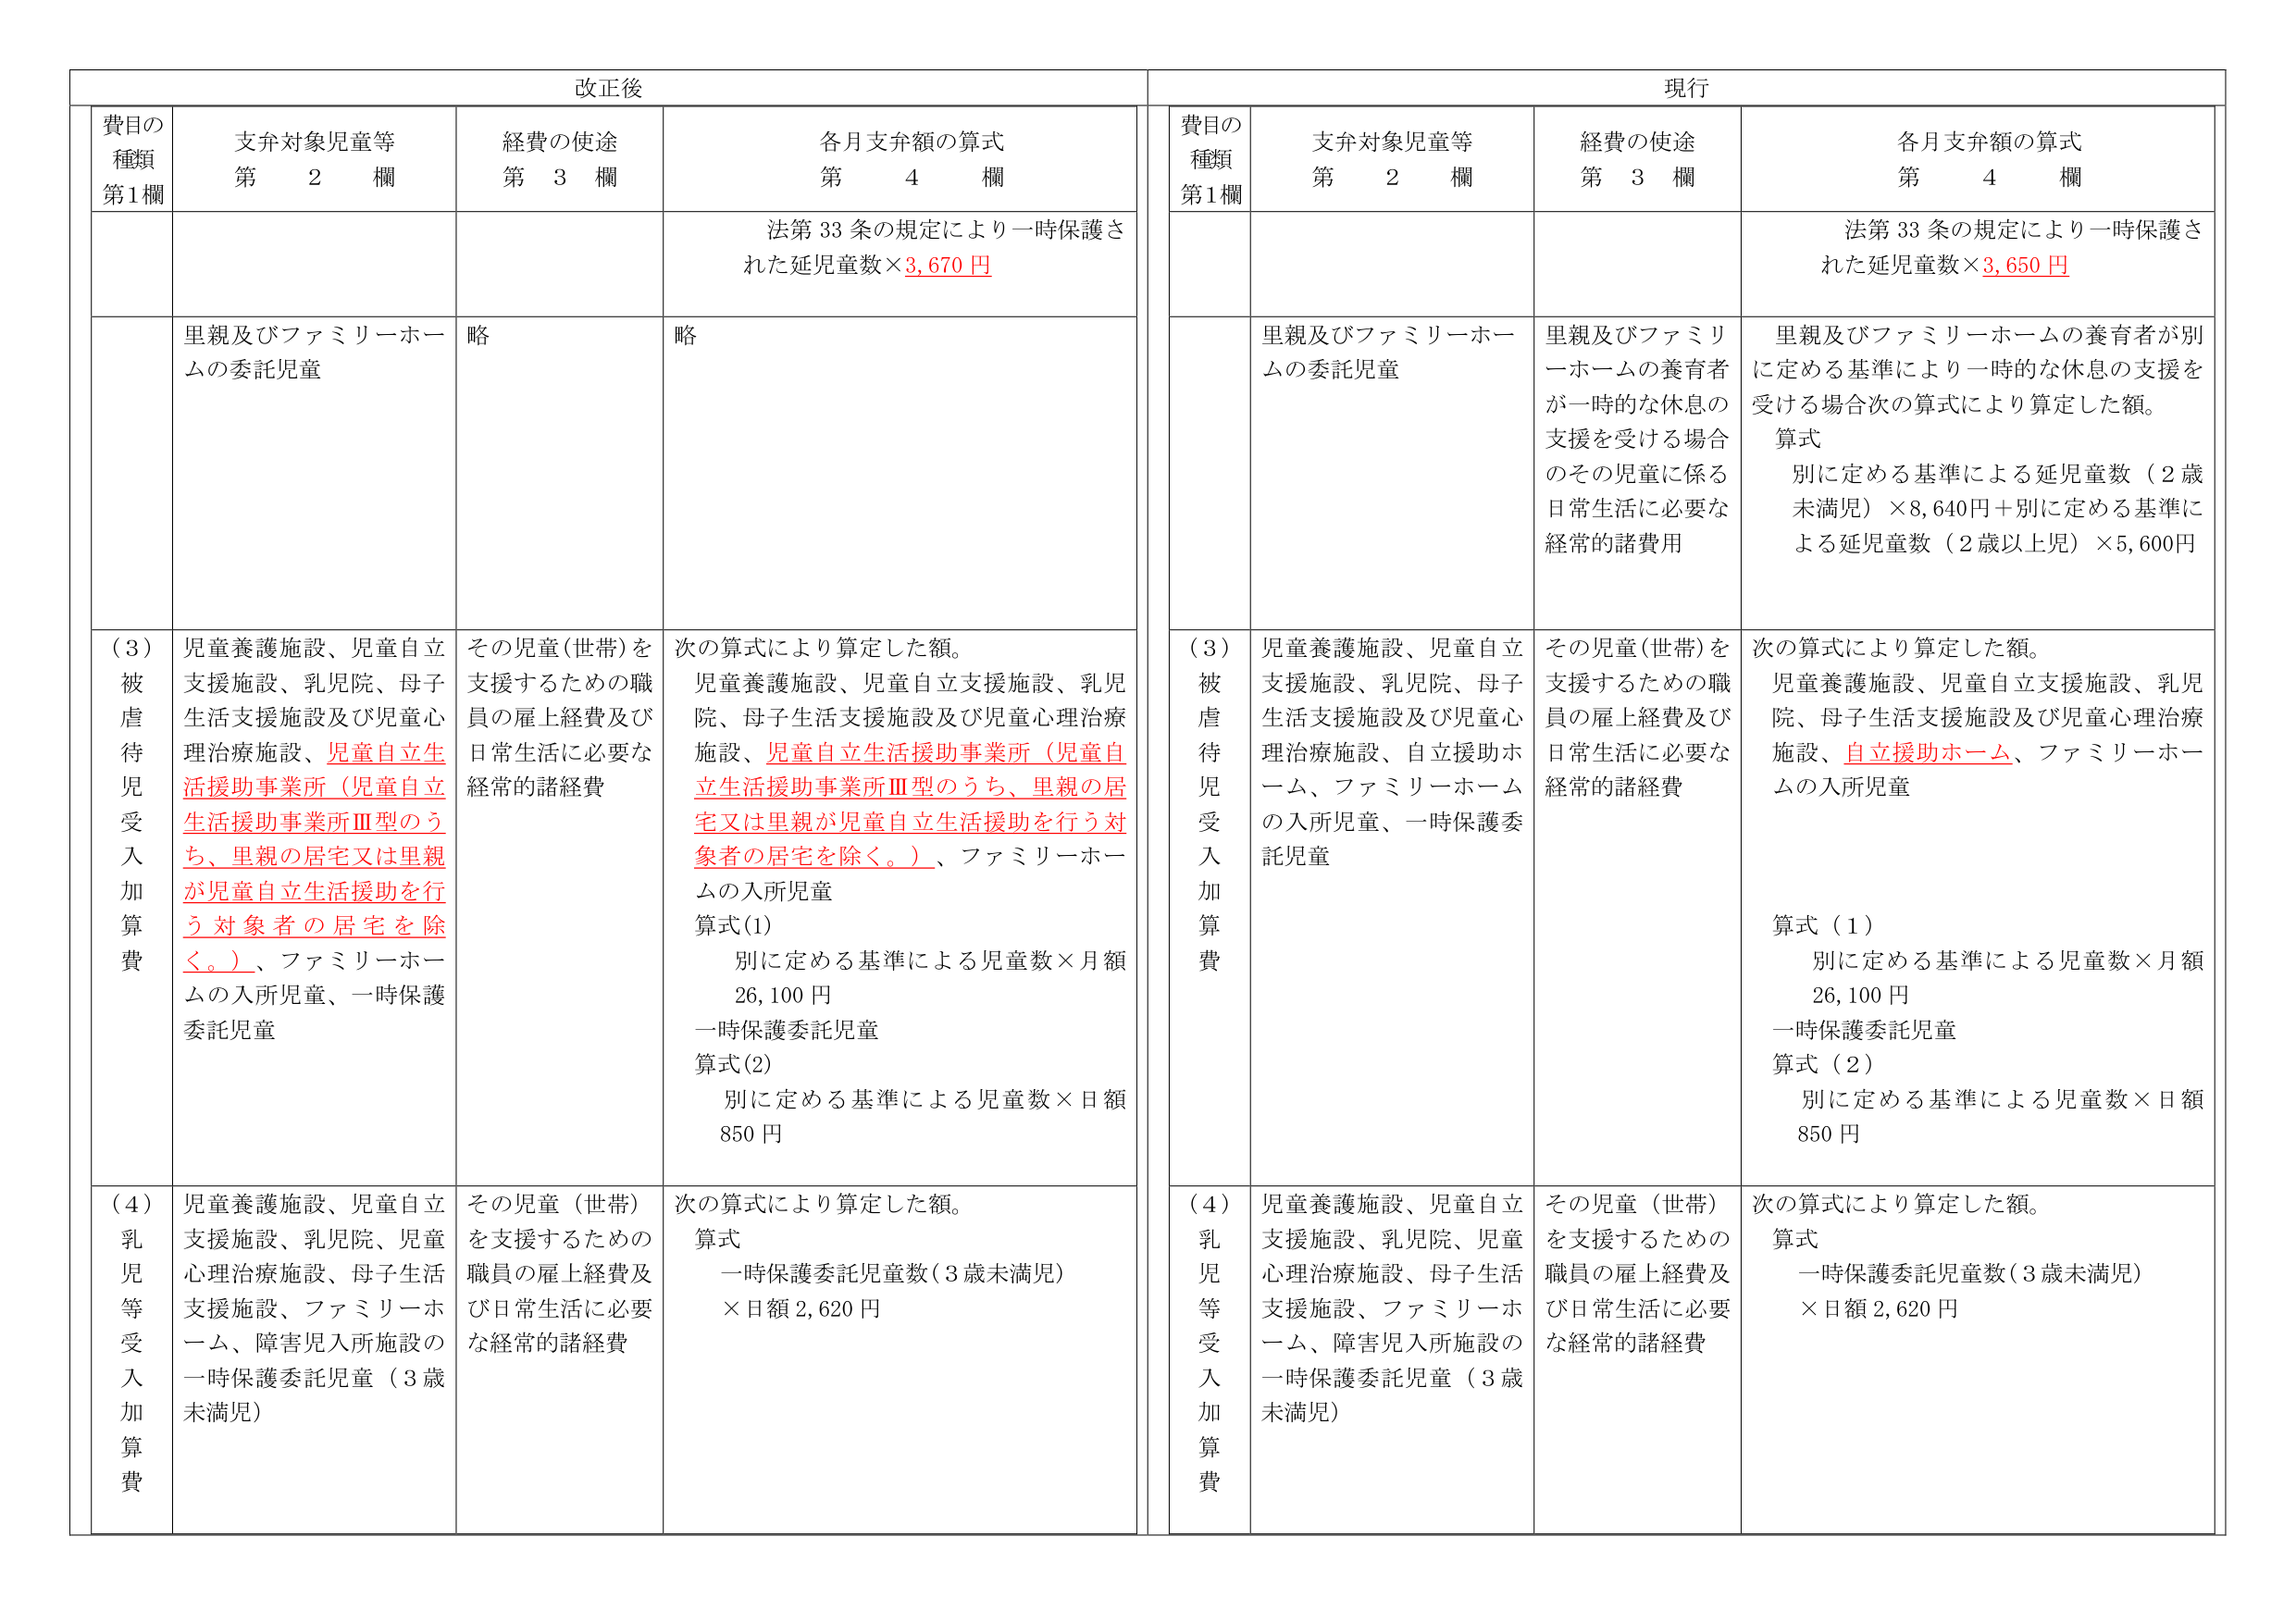
改正後

費目の
種類
第1欄

支弁対象児童等
第　2　欄

経費の使途
第　3　欄

各月支弁額の算式
第　4　欄

法第33条の規定により一時保護された延児童数×3,670円

里親及びファミリーホームの委託児童
略
略

（3）
被
虐
待
児
受
入
加
算
費

児童養護施設、児童自立支援施設、乳児院、母子生活支援施設及び児童心理治療施設、児童自立生活援助事業所（児童自立生活援助事業所Ⅲ型のうち、里親の住宅又は里親が児童自立生活援助を行う対象者の住宅を除く。）、ファミリーホームの入所児童、一時保護委託児童

その児童(世帯)を支援するための職員の雇上経費及び日常生活に必要な経常的諸経費

次の算式により算定した額。
児童養護施設、児童自立支援施設、乳児院、母子生活支援施設及び児童心理治療施設、児童自立生活援助事業所（児童自立生活援助事業所Ⅲ型のうち、里親の住宅又は里親が児童自立生活援助を行う対象者の住宅を除く。）、ファミリーホームの入所児童
算式(1)
　別に定める基準による児童数×月額
　26,100円
一時保護委託児童
算式(2)
　別に定める基準による児童数×日額
　850円

（4）
乳
児
等
受
入
加
算
費

児童養護施設、児童自立支援施設、乳児院、児童心理治療施設、母子生活支援施設、ファミリーホーム、障害児入所施設の一時保護委託児童（3歳未満児）

その児童（世帯）を支援するための職員の雇上経費及び日常生活に必要な経常的諸経費

次の算式により算定した額。
算式
　一時保護委託児童数(3歳未満児)
　×日額2,620円

現行

費目の
種類
第1欄

支弁対象児童等
第　2　欄

経費の使途
第　3　欄

各月支弁額の算式
第　4　欄

法第33条の規定により一時保護された延児童数×3,650円

里親及びファミリーホームの委託児童

里親及びファミリーホームの養育者が一時的な休息の支援を受ける場合のその児童に係る日常生活に必要な経常的諸費用

里親及びファミリーホームの養育者が別に定める基準により一時的な休息の支援を受ける場合次の算式により算定した額。
算式
　別に定める基準による延児童数（2歳未満児）×8,640円＋別に定める基準による延児童数（2歳以上児）×5,600円

（3）
被
虐
待
児
受
入
加
算
費

児童養護施設、児童自立支援施設、乳児院、母子生活支援施設及び児童心理治療施設、自立援助ホーム、ファミリーホームの入所児童、一時保護委託児童

その児童(世帯)を支援するための職員の雇上経費及び日常生活に必要な経常的諸経費

次の算式により算定した額。
児童養護施設、児童自立支援施設、乳児院、母子生活支援施設及び児童心理治療施設、自立援助ホーム、ファミリーホームの入所児童
算式（1）
　別に定める基準による児童数×月額
　26,100円
一時保護委託児童
算式（2）
　別に定める基準による児童数×日額
　850円

（4）
乳
児
等
受
入
加
算
費

児童養護施設、児童自立支援施設、乳児院、児童心理治療施設、母子生活支援施設、ファミリーホーム、障害児入所施設の一時保護委託児童（3歳未満児）

その児童（世帯）を支援するための職員の雇上経費及び日常生活に必要な経常的諸経費

次の算式により算定した額。
算式
　一時保護委託児童数(3歳未満児)
　×日額2,620円